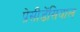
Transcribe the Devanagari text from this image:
प्रेसीडेंसियाल